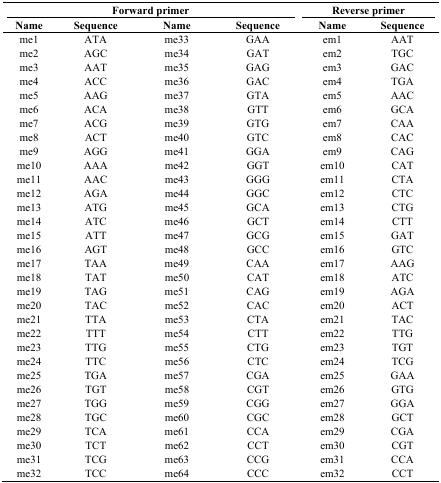
| <COLSPAN=4> Forward primer | <COLSPAN=2> Reverse primer |
 | Name | Sequence | Name | Sequence | Name | Sequence |
 | --- | --- | --- | --- | --- | --- |
 | me1 | ATA | me33 | GAA | em1 | AAT |
 | me2 | AGC | me34 | GAT | em2 | TGC |
 | me3 | AAT | me35 | GAG | em3 | GAC |
 | me4 | ACC | me36 | GAC | em4 | TGA |
 | me5 | AAG | me37 | GTA | em5 | AAC |
 | me6 | ACA | me38 | GTT | em6 | GCA |
 | me7 | ACG | me39 | GTG | em7 | CAA |
 | me8 | ACT | me40 | GTC | em8 | CAC |
 | me9 | AGG | me41 | GGA | em9 | CAG |
 | me10 | AAA | me42 | GGT | em10 | CAT |
 | me11 | AAC | me43 | GGG | em11 | CTA |
 | me12 | AGA | me44 | GGC | em12 | CTC |
 | me13 | ATG | me45 | GCA | em13 | CTG |
 | me14 | ATC | me46 | GCT | em14 | CTT |
 | me15 | ATT | me47 | GCG | em15 | GAT |
 | me16 | AGT | me48 | GCC | em16 | GTC |
 | me17 | TAA | me49 | CAA | em17 | AAG |
 | me18 | TAT | me50 | CAT | em18 | ATC |
 | me19 | TAG | me51 | CAG | em19 | AGA |
 | me20 | TAC | me52 | CAC | em20 | ACT |
 | me21 | TTA | me53 | CTA | em21 | TAC |
 | me22 | TTT | me54 | CTT | em22 | TTG |
 | me23 | TTG | me55 | CTG | em23 | TGT |
 | me24 | TTC | me56 | CTC | em24 | TCG |
 | me25 | TGA | me57 | CGA | em25 | GAA |
 | me26 | TGT | me58 | CGT | em26 | GTG |
 | me27 | TGG | me59 | CGG | em27 | GGA |
 | me28 | TGC | me60 | CGC | em28 | GCT |
 | me29 | TCA | me61 | CCA | em29 | CGA |
 | me30 | TCT | me62 | CCT | em30 | CGT |
 | me31 | TCG | me63 | CCG | em31 | CCA |
 | me32 | TCC | me64 | CCC | em32 | CCT |